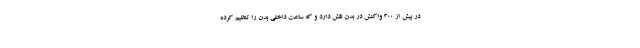
در بیش از 300 واکنش در بدن نقش دارد و که ساعت داخلی بدن را تنظیم کرده